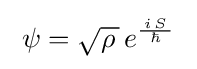
\;\psi ={\sqrt {\rho \,}}\,e^{\frac {\,i\,S\,}{\hbar }}\;